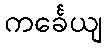
ကင်္ခေယျ